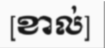
[ខាល់]